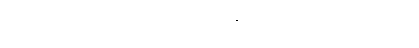
ဒါဟာ ပွဲ ၂ပွဲကစားတိုင်း တစ်ဂိုးသွင်းယူနိုင်သူလို့ သတ်မှတ်လို့ရပါတယ်။